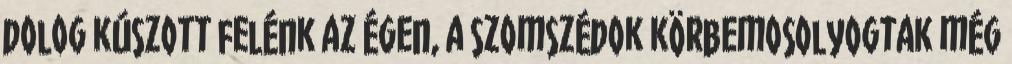
dolog kúszott felénk az égen, a szomszédok körbemosolyogtak még